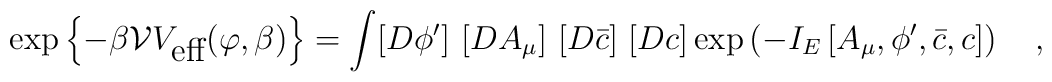
\exp\left\{-\beta {\cal V} V_{\mbox{eff}}(\varphi,\beta)\right\}=\int [D\phi']~ [DA_{\mu}]~[D\bar{c}]~[D c]\exp\left(-I_E\left[A_{\mu},\phi',\bar{c},c\right] \right)~~~,